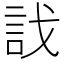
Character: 𧥾